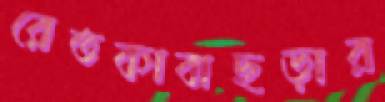
রেতকাবাছড়ার